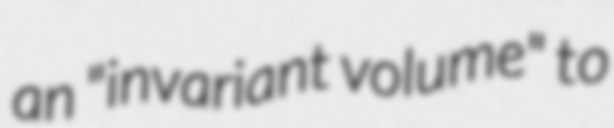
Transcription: an "invariant volume" to